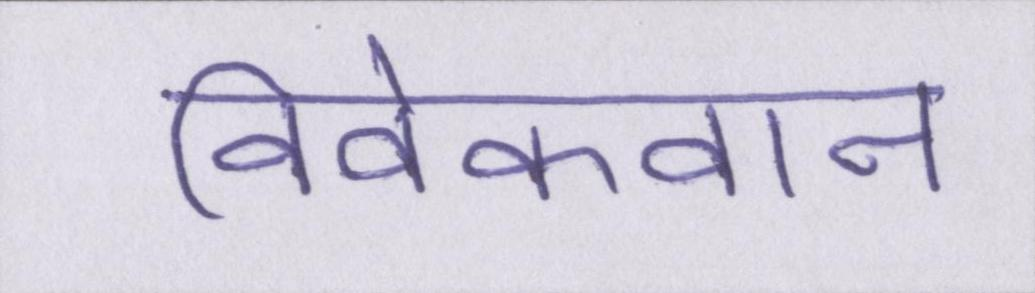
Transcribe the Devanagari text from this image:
विवेकवान